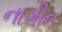
નાગીન